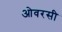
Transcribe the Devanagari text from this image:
ओवरसी